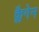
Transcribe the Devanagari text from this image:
क्लैगेन